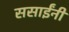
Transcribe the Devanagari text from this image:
ससाईंनी